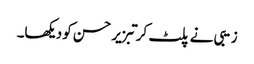
زیبی نے پلٹ کر تبزیر حسن کو دیکھا۔